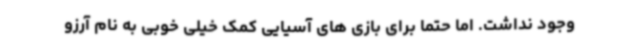
وجود نداشت. اما حتما برای بازی های آسیایی کمک خیلی خوبی به نام آرزو